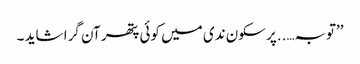
’’توبہ…..پر سکون ندی میں کوئی پتھر آن گرا شاید ۔